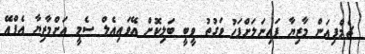
ޗެމްޕިއަން މާޒިޔާ ފައިނަލަށްފަހު ވަގުތު ވީބީ ބަލިކޮށް އޭވައިއެލް ސެމީ އަށްމާޒިޔާ އެފްއޭ